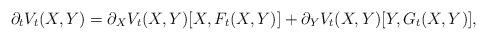
LaTeX: \begin{align*}\partial_t V_t(X,Y)=\partial_X V_t(X,Y)[X,F_t(X,Y)]+\partial_Y V_t(X,Y)[Y,G_t(X,Y)],\end{align*}